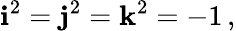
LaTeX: \mathbf{i}^{2}=\mathbf{j}^{2}=\mathbf{k}^{2}=-1\, ,